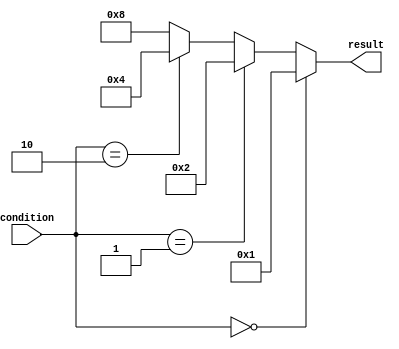
module multiple_if_else (
    input wire [1:0] condition,
    output reg [3:0] result
);

always @(*) begin
    if (condition == 2'b00) begin
        result = 4'b0001;
    end
    else if (condition == 2'b01) begin
        result = 4'b0010;
    end
    else if (condition == 2'b10) begin
        result = 4'b0100;
    end
    else begin
        result = 4'b1000;
    end
end

endmodule